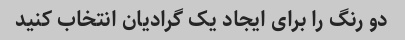
دو رنگ را برای ایجاد یک گرادیان انتخاب کنید